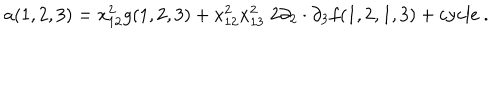
LaTeX: a ( 1 , 2 , 3 ) = x _ { 1 2 } ^ { 2 } g ( 1 , 2 , 3 ) + x _ { 1 2 } ^ { 2 } x _ { 1 3 } ^ { 2 } \; 2 \partial _ { 2 } \cdot \partial _ { 3 } f ( 1 , 2 , 1 , 3 ) + \mathrm { c y c l e } \ .